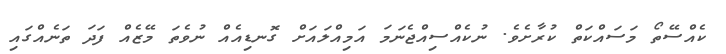
ކެއްސޭތޯ މަސައްކަތް ކުރާާށެވެ. ނުކެއްސިއްޖެނަމަ އަމިއްލައަށް ގޮނޑިއެއް ނުވެތަ މޭޒެއް ފަދަ ތަނެއްގައި